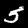
Label: 5